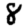
Digit: 8